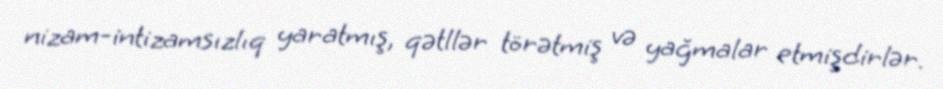
nizam-intizamsızlıq yaratmış, qətllər törətmiş və yağmalar etmişdirlər.